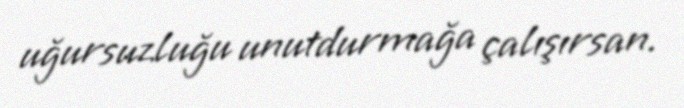
uğursuzluğu unutdurmağa çalışırsan.